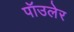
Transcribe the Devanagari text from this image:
पॉउलेर